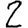
Digit: 2